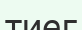
тиег